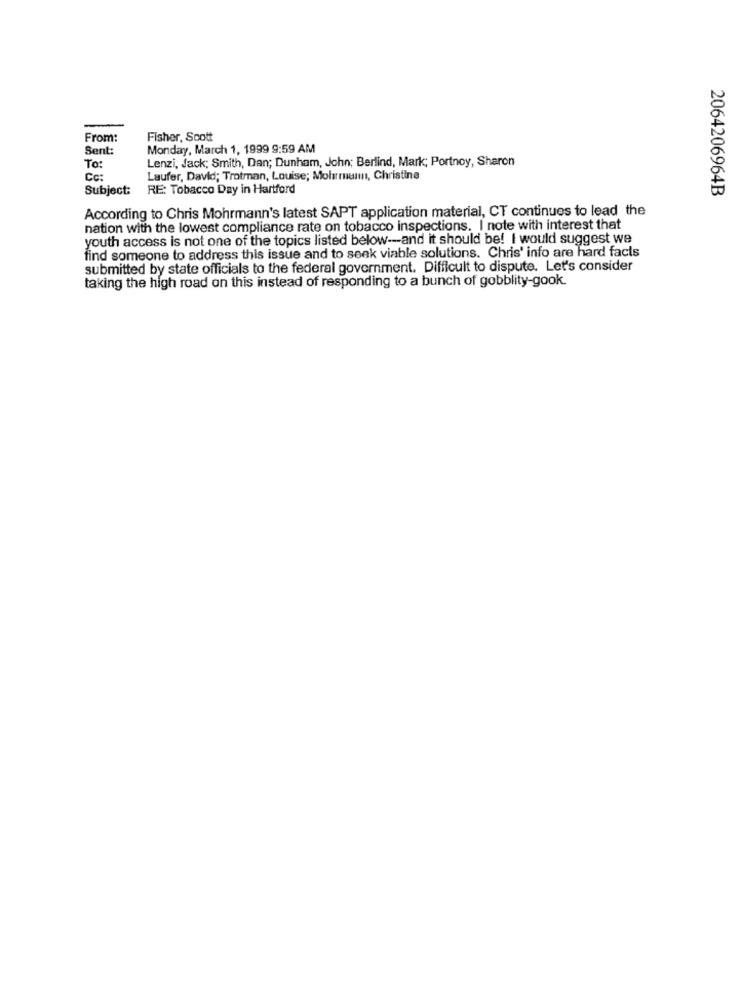
From:
Fisher, Scott
Sent:
Monday, March 1, 1999 9:59 AM
Lenzi, Jack; Smith, Dan; Dunham, John; Berlind, Mark; Portnoy, Sharon
To:
Cc:
Laufer, David; Trotman, Louise; Molarmunn, Christine
Subject: RE: Tobacco Day in Hartford
2064206964B
According to Chris Mohrmann's latest SAPT application material, CT continues to lead the
nation with the lowest compliance rate on tobacco inspections. I note with interest that
youth access is not one of the topics listed below --- and it should be! I would suggest we
find someone to address this issue and to seek viable solutions. Chris' info are hard facts
submitted by state officials to the federal government. Difficult to dispute. Let's consider
taking the high road on this instead of responding to a bunch of gobblity-gook.